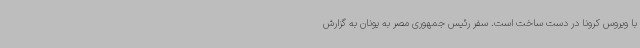
با ویروس کرونا در دست ساخت است. سفر رئیس جمهوری مصر به یونان به گزارش